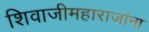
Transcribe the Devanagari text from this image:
शिवाजीमहाराजांना